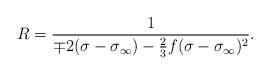
LaTeX: \begin{align*}R = \frac{1}{\mp2(\sigma - \sigma_{\infty}) - \frac{2}{3}f(\sigma - \sigma_{\infty})^2}.\end{align*}